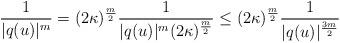
LaTeX: \begin{align*}\frac{1}{|q(u)|^m } = (2\kappa)^{\frac{m}{2} } \frac{1}{|q(u)|^m (2\kappa)^{\frac{m}{2}} }\leq (2\kappa)^{\frac{m}{2} } \frac{1}{|q(u)|^{\frac{3m}{2} } } \end{align*}